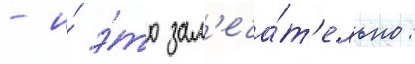
- и́ э́то зам'еча́т'ельно: